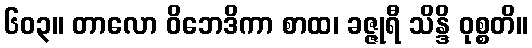
၆၀၃။ တာလော ဝိဘေဒိကာ စာထ၊ ခဇ္ဇုရီ သိန္ဒိ ဝုစ္စတိ။